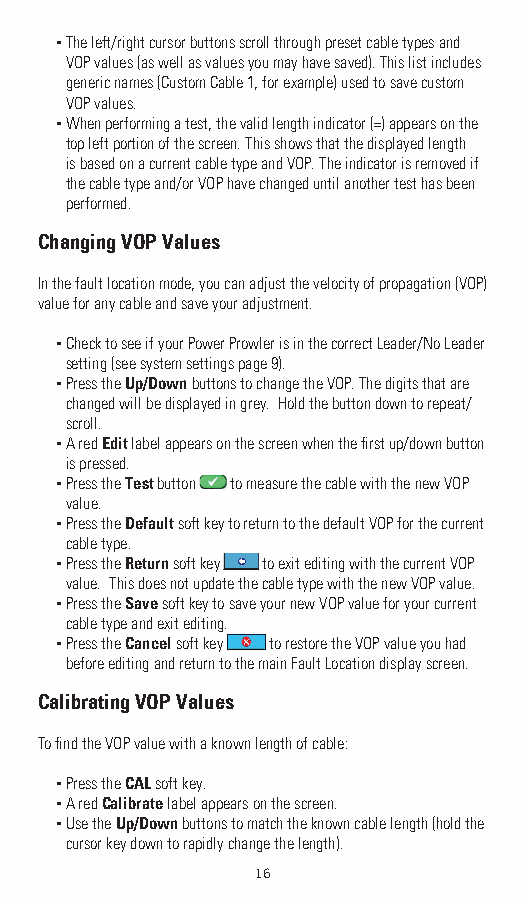
▪ The left/right cursor buttons scroll through preset cable types and
 VOP values (as well as values you may have saved). This list includes
 generic names (Custom Cable 1, for example) used to save custom
 VOP values.
 ▪ When performing a test, the valid length indicator (=) appears on the
 top left portion of the screen. This shows that the displayed length
 is based on a current cable type and VOP. The indicator is removed if
 the cable type and/or VOP have changed until another test has been
 performed.
 Changing VOP Values
 In the fault location mode, you can adjust the velocity of propagation (VOP)
 value for any cable and save your adjustment.
 ▪ Check to see if your Power Prowler is in the correct Leader/No Leader
 setting (see system settings page 9).
 ▪ Press the Up/Down buttons to change the VOP. The digits that are
 changed will be displayed in grey. Hold the button down to repeat/
 scroll.
 ▪ A red Edit label appears on the screen when the fi rst up/down button
 is pressed.
 ▪ Press the Test button to measure the cable with the new VOP
 value.
 ▪ Press the Default soft key to return to the default VOP for the current
 cable type.
 ▪ Press the Return soft key to exit editing with the current VOP
 value. This does not update the cable type with the new VOP value.
 ▪ Press the Save soft key to save your new VOP value for your current
 cable type and exit editing.
 ▪ Press the Cancel soft key to restore the VOP value you had
 before editing and return to the main Fault Location display screen.
 Calibrating VOP Values
 To fi nd the VOP value with a known length of cable:
 ▪ Press the CAL soft key.
 ▪ A red Calibrate label appears on the screen.
 ▪ Use the Up/Down buttons to match the known cable length (hold the
 cursor key down to rapidly change the length).
 16